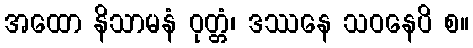
အထော နိသာမနံ ဝုတ္တံ၊ ဒဿနေ သဝနေပိ စ။